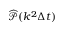
\widehat { \mathcal { P } } ( k ^ { 2 } \Delta t )